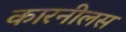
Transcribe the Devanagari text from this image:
कारनीलस